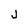
Character: J